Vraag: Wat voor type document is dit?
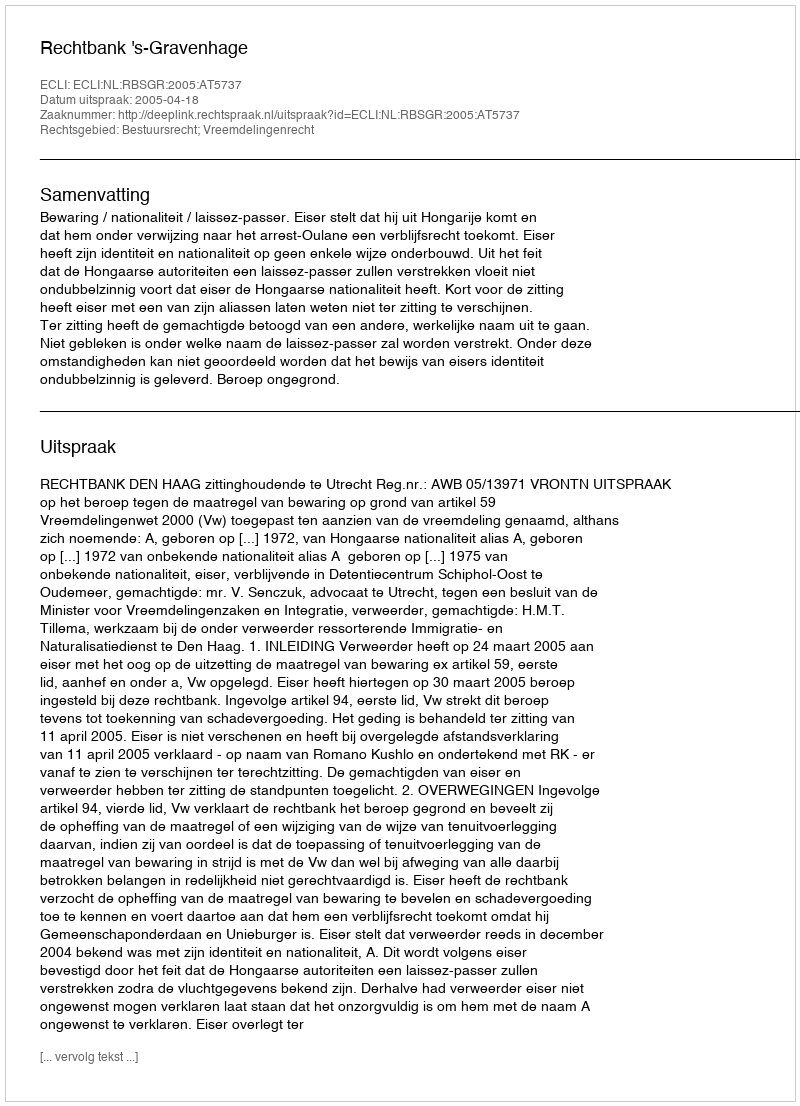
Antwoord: Uitspraak